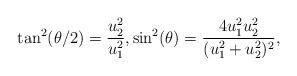
LaTeX: \begin{align*}\tan^2(\theta/2) = \frac{u_2^2}{u_1^2},\sin^2(\theta) = \frac{4u_1^2u_2^2}{(u_1^2+u_2^2)^2},\end{align*}